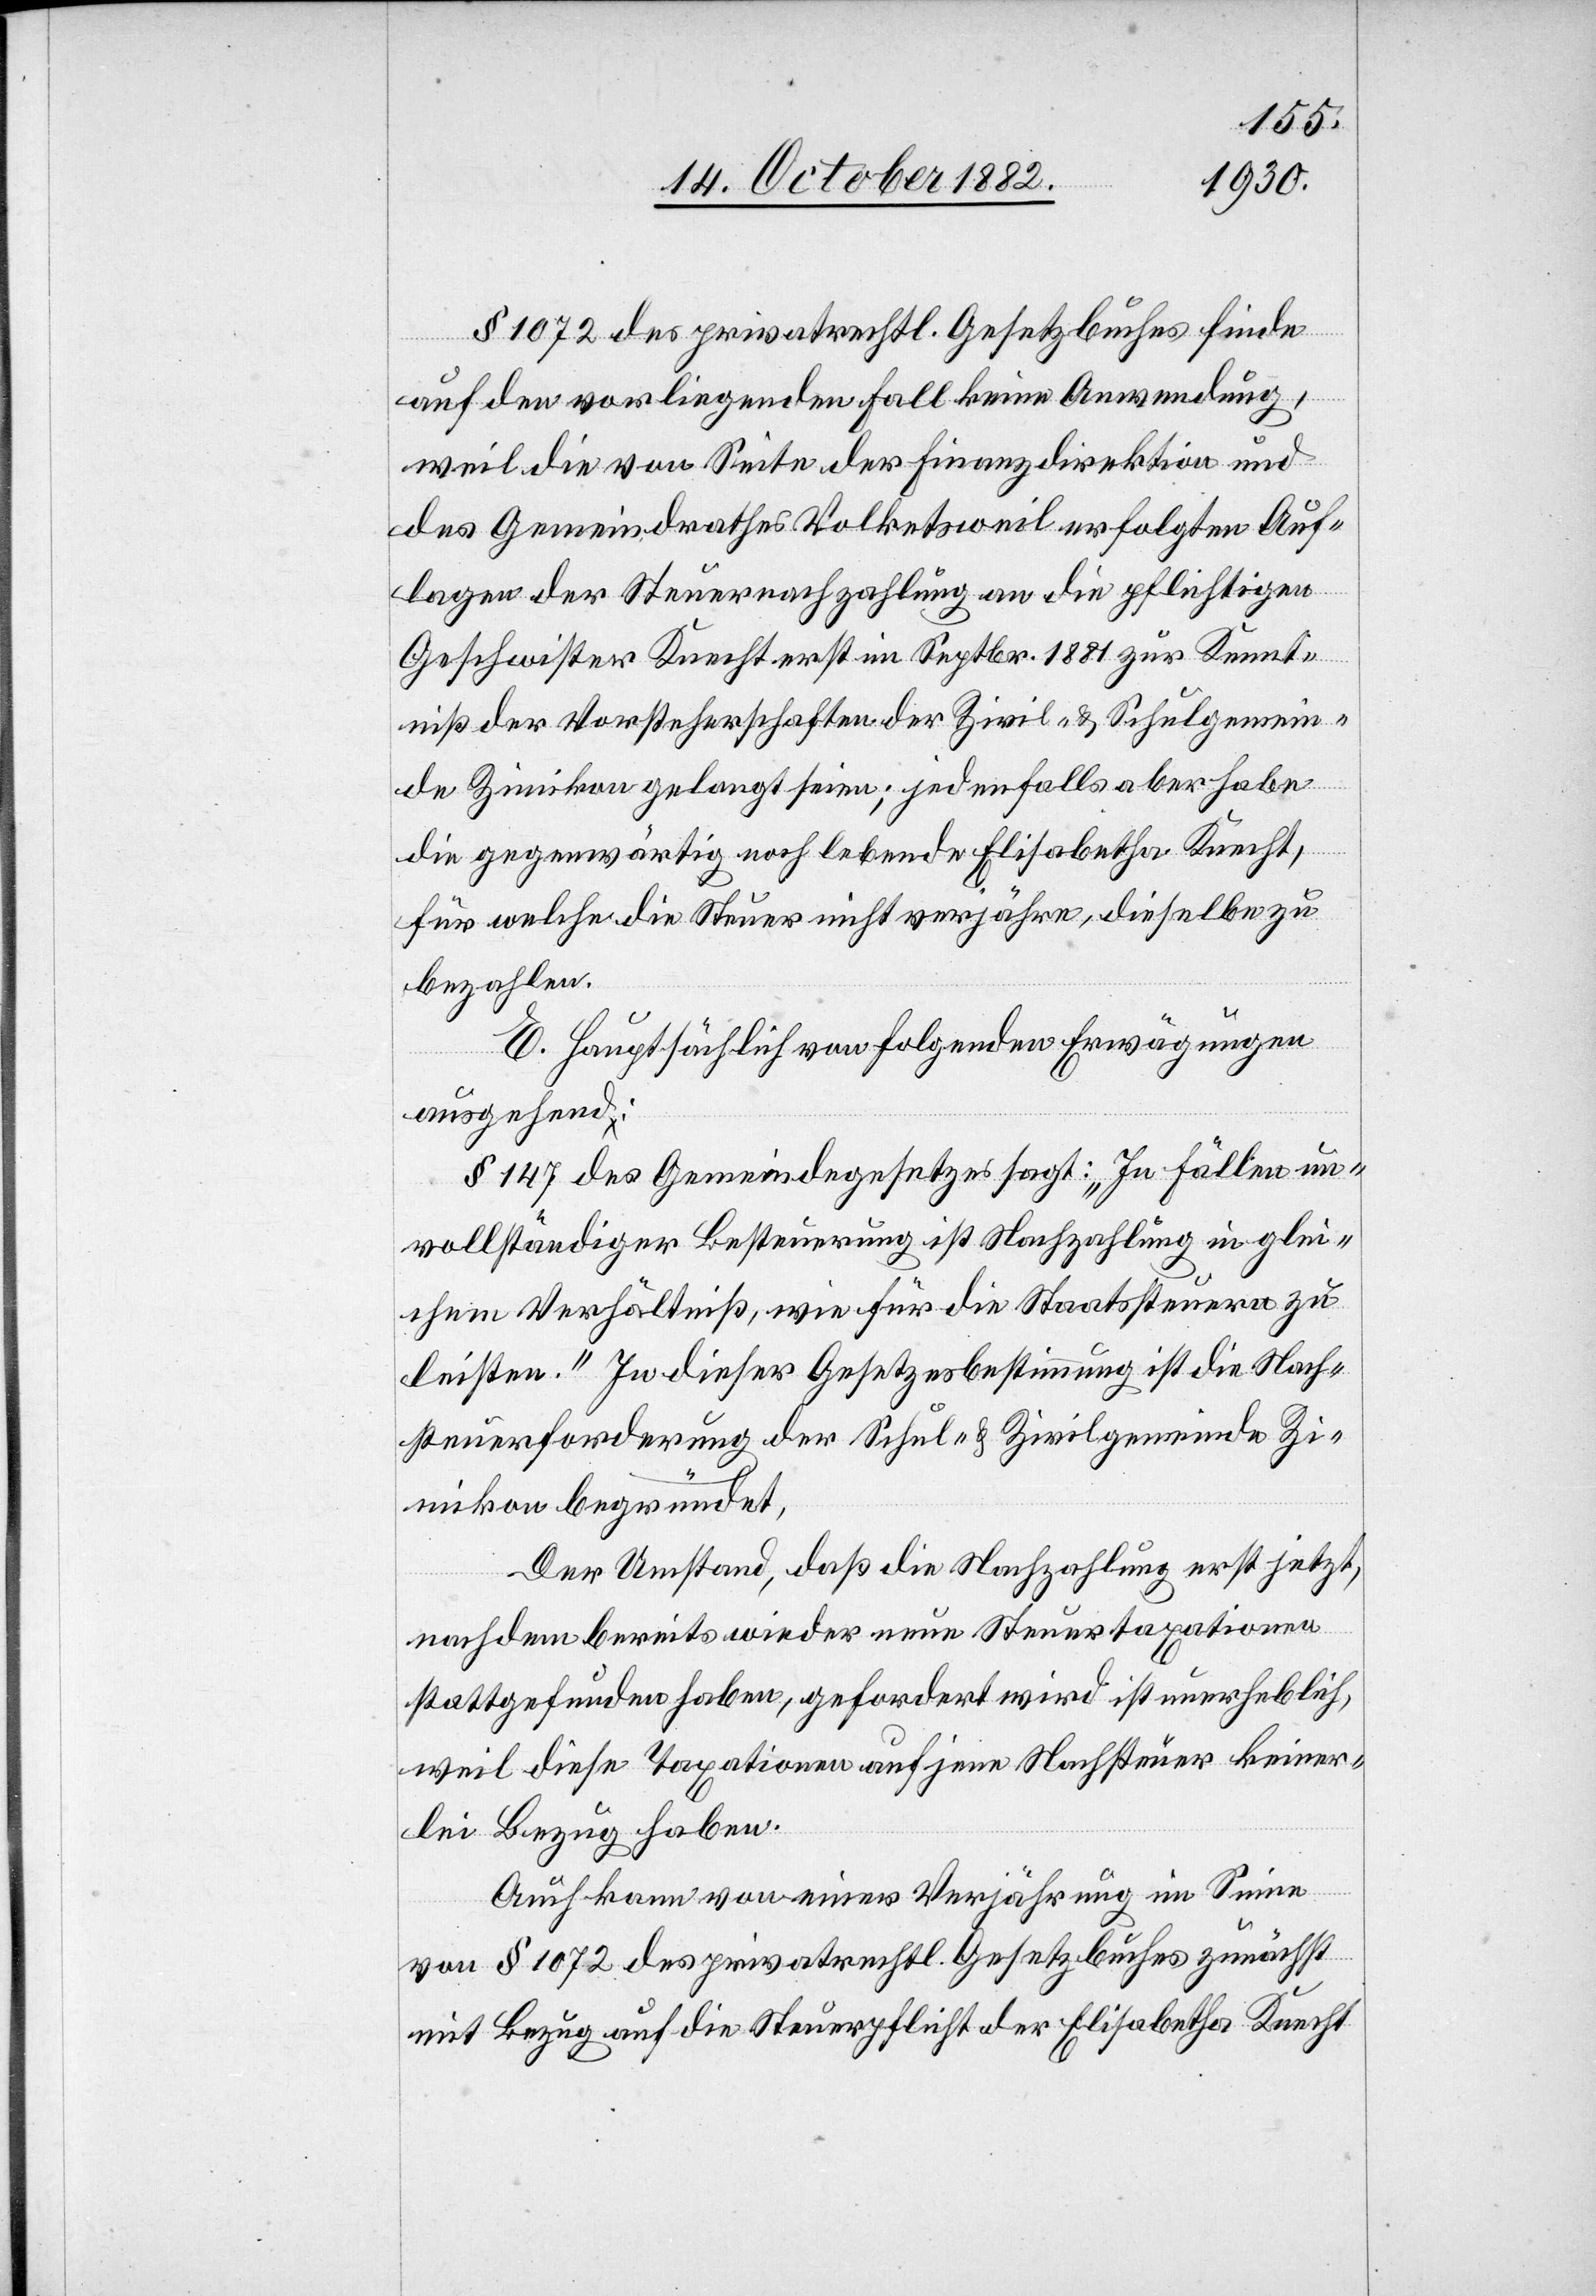
§ 1072 des privatrechtl. Gesetzbuches finde
auf den vorliegenden Fall keine Anwendung,
weil die von Seite der Finanzdirektion und
des Gemeindrathes Volketsweil erfolgten Auf¬
lagen der Steuernachzahlung an die pflichtigen
Geschwister Knecht erst im Septbr. 1881 zur Kennt¬
niß der Vorsteherschaften der Zivil- & Schulgemein¬
de Zimikon gelangt seien; jedenfalls aber habe
die gegenwärtig noch lebende Elisabetha Knecht,
für welche die Steuer nicht verjähre, dieselbe zu
bezahlen.
E. Hauptsächlich von folgenden Erwägungen
ausgehend:
§ 147 des Gemeindegesetzes sagt: „In Fällen un¬
vollständiger Besteuerung ist Nachzahlung in glei¬
chem Verhältniß, wie für die Staatssteuern zu
leisten.“ In dieser Gesetzesbestimmung ist die Nach¬
steuerforderung der Schul- & Zivilgemeinde Zi¬
mikon begründet.
Der Umstand, daß die Nachzahlung erst jetzt,
nachdem bereits wieder neue Steuertaxationen
stattgefunden haben, gefordert wird ist unerheblich,
weil diese Taxationen auf jene Nachsteuer keiner¬
lei Bezug haben.
Auch kann von einer Verjährung im Sinne
von § 1072 des privatrechtl. Gesetzbuches zunächst
mit Bezug auf die Steuerpflicht der Elisabetha Knecht